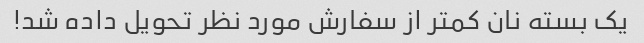
یک بسته نان کمتر از سفارش مورد نظر تحویل داده شد!